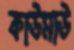
কাউমাউ